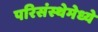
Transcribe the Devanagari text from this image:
परिसंस्थेमेध्ये